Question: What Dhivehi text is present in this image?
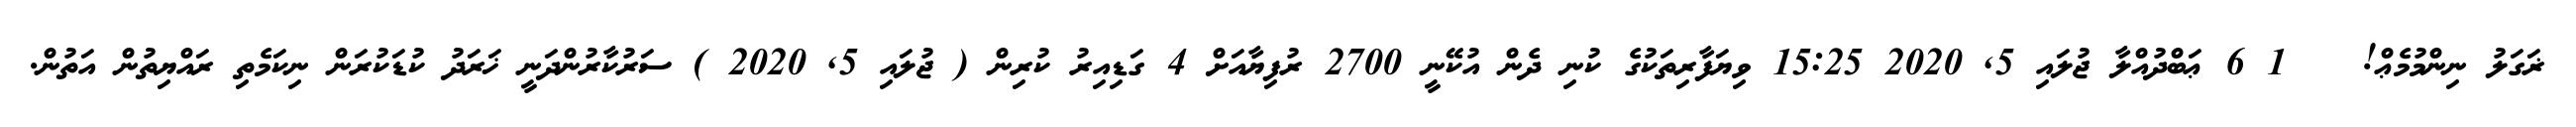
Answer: ޜަގަލު ނިންމުމެޢް! ?? 1 6 ޢަބްދުއްލާ ޖުލައި 5, 2020 15:25 ވިޔަފާރިތަކުގެ ކުނި ދެން އުކޭނީ 2700 ރުފިޔާއަށް 4 ގަޑިއިރު ކުރިން ( ޖުލައި 5, 2020 ) ސަރުކާރުންދަނީ ޚަރަދު ކުޑަކުރަން ނިކަމެތި ރައްޔިތުން އަތުން.